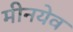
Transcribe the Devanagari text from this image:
मीनयेव